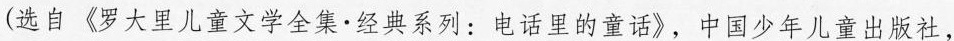
(选自《罗大里儿童文学全集·经典系列:电话里的童话》，中国少年儿童出版社，